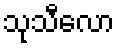
သုသီလော